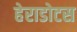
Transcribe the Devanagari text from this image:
हेराडोटस